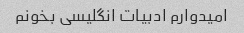
امیدوارم ادبیات انگلیسی بخونم